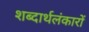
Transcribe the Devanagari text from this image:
शब्दार्थलंकारों